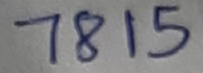
Text: 7815